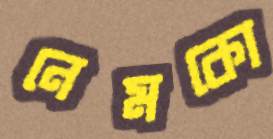
নেমকো